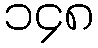
၁၄၈